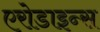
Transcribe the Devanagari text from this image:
एरोडाइन्स